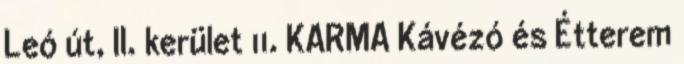
Leó út, II. kerület 11. KARMA Kávézó és Étterem